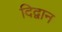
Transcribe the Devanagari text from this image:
दिद्वान